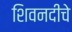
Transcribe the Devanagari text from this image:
शिवनदीचे